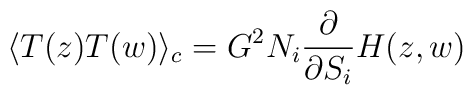
\langle T(z) T(w)\rangle_c =G^2 N_i \frac{\partial}{\partial S_i}H(z,w)